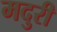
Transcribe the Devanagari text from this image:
मदुरी